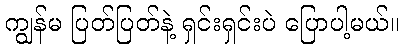
ကျွန်မ ပြတ်ပြတ်နဲ့ ရှင်းရှင်းပဲ ပြောပါ့မယ်။